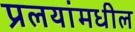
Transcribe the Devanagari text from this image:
प्रलयांमधील